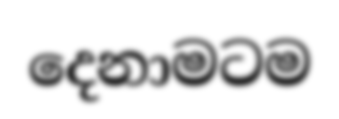
දෙනාමටම